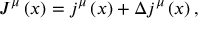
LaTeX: J ^ { \mu } \left( x \right) = j ^ { \mu } \left( x \right) + \Delta j ^ { \mu } \left( x \right) ,